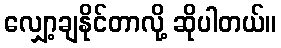
လျှော့ချနိုင်တာလို့ ဆိုပါတယ်။